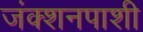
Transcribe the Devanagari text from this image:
जंक्शनपाशी